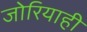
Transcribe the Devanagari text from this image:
जोरियाही